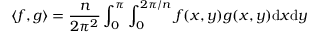
\langle f , g \rangle = \frac { n } { 2 \pi ^ { 2 } } \int _ { 0 } ^ { \pi } \int _ { 0 } ^ { 2 \pi / n } f ( x , y ) g ( x , y ) \mathrm { d } x \mathrm { d } y